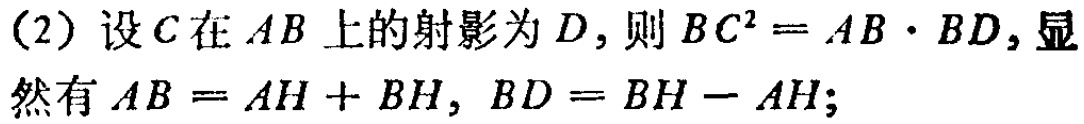
(2) 设\(C\)在\(AB\)上的射影为\(D\)，则\(BC^{2}=AB\cdot BD\)，显然有\(AB = AH + BH,\ BD = BH - AH\)；